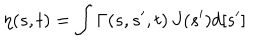
\eta ( s , t ) = \int \Gamma ( s , s ^ { \prime } , t ) \, J ( s ^ { \prime } ) d [ s ^ { \prime } ]